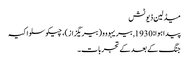
میڈلین ڈیوٹش
پیدا ہوا: 1930, بیریہووو (بیریگزاز)، چیکوسلواکیہ
جنگ کے بعد کے تجربات۔